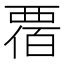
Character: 𧟸